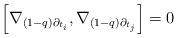
LaTeX: \begin{align*} \left[\nabla_{(1-q)\partial_{t_i}},\nabla_{(1-q)\partial_{t_j}}\right]=0 \end{align*}